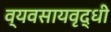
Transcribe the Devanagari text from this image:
व्यवसायवृद्धी